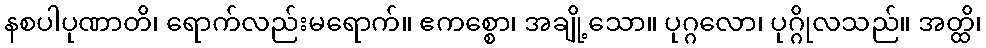
နစပါပုဏာတိ၊ ရောက်လည်းမရောက်။ ဧကစ္စော၊ အချို့သော။ ပုဂ္ဂလော၊ ပုဂ္ဂိုလသည်။ အတ္ထိ၊